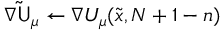
\nabla \mathsf { \tilde { U } } _ { \mu } \gets \nabla U _ { \mu } ( \tilde { { \boldsymbol { x } } } , N + 1 - n )